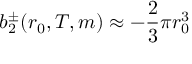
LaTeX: b _ { 2 } ^ { \pm } ( r _ { 0 } , T , m ) \approx - \frac { 2 } { 3 } \pi r _ { 0 } ^ { 3 }